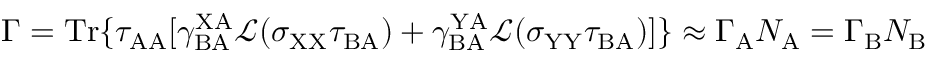
\Gamma = \mathrm { T r } \{ \tau _ { \mathrm { A A } } [ \gamma _ { \mathrm { B A } } ^ { \mathrm { X A } } \mathcal { L } ( \sigma _ { \mathrm { X X } } \tau _ { \mathrm { B A } } ) + \gamma _ { \mathrm { B A } } ^ { \mathrm { Y A } } \mathcal { L } ( \sigma _ { \mathrm { Y Y } } \tau _ { \mathrm { B A } } ) ] \} \approx \Gamma _ { \mathrm { A } } N _ { \mathrm { A } } = \Gamma _ { \mathrm { B } } N _ { \mathrm { B } }